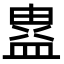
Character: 𭾉